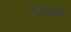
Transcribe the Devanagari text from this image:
द्रधबल